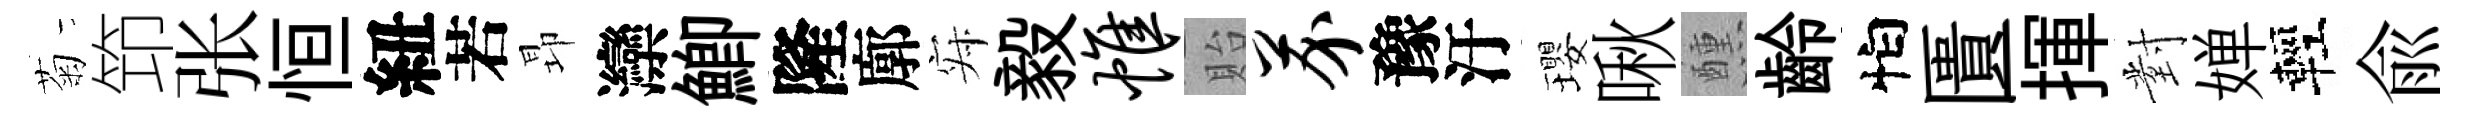
菊笻张恒紐若昻灤鯽隆廓寂毅帷貽芥豫汙瓔啾醺齡怕匱揮對婵輕俞